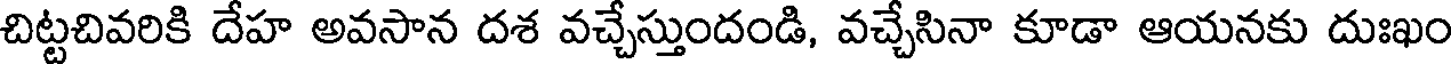
చిట్టచివరికి దేహ అవసాన దశ వచ్చేస్తుందండి, వచ్చేసినా కూడా ఆయనకు దుఃఖం